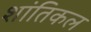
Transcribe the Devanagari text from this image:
शांतिकल